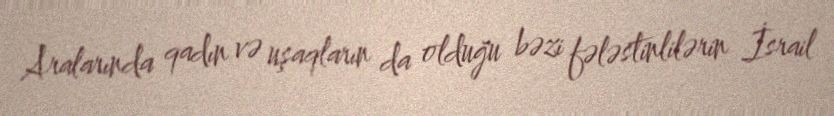
Aralarında qadın və uşaqların da olduğu bəzi fələstinlilərin İsrail